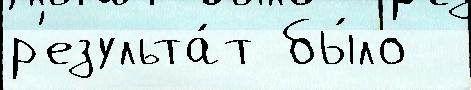
р'езульта́т бы́ло